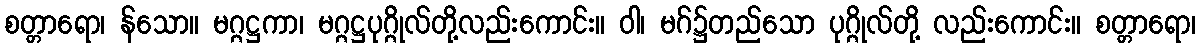
စတ္တာရော၊ န်သော။ မဂ္ဂဋ္ဌကာ၊ မဂ္ဂဋ္ဌပုဂ္ဂိုလ်တို့လည်းကောင်း။ ဝါ၊ မဂ်၌တည်သော ပုဂ္ဂိုလ်တို့ လည်းကောင်း။ စတ္တာရော၊